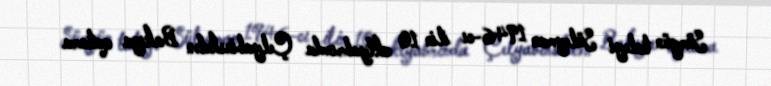
Sürgün taleyi Süleyman 1946-cı ilin 10 oktyabrında Çelyabinskdən Bakıya qatara